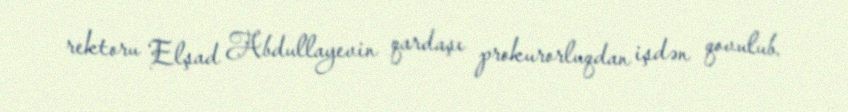
rektoru Elşad Abdullayevin qardaşı prokurorluqdan işdən qovulub.